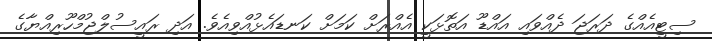
ސިޓީއެއްގެ ދަރަޖަ ދެއްވައި އައްޑޫ އަތޮޅަކީ އެއްރަށް ކަމަށް ކަނޑައެޅުއްވިއެވެ. އަދި ރައީސުލްޖުމްހޫރިއްޔާގެ